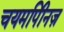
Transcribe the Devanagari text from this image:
चयमपीिनज़